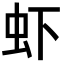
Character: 虾